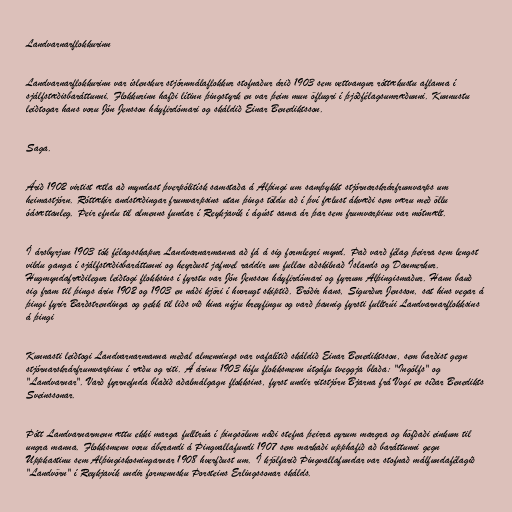
Landvarnarflokkurinn

Landvarnarflokkurinn var íslenskur stjórnmálaflokkur stofnaður árið 1903 sem vettvangur róttækustu aflanna í
sjálfstæðisbaráttunni. Flokkurinn hafði lítinn þingstyrk en var þeim mun öflugri í þjóðfélagsumræðunni. Kunnustu
leiðtogar hans voru Jón Jensson háyfirdómari og skáldið Einar Benediktsson.

Saga.

Árið 1902 virtist ætla að myndast þverpólitísk samstaða á Alþingi um samþykkt stjórnarskrárfrumvarps um
heimastjórn. Róttækir andstæðingar frumvarpsins utan þings töldu að í því fælust ákvæði sem væru með öllu
óásættanleg. Þeir efndu til almenns fundar í Reykjavík í ágúst sama ár þar sem frumvarpinu var mótmælt.

Í ársbyrjun 1903 tók félagsskapur Landvarnarmanna að fá á sig formlegri mynd. Það varð félag þeirra sem lengst
vildu ganga í sjálfstæðisbaráttunni og heyrðust jafnvel raddir um fullan aðskilnað Íslands og Danmerkur.
Hugmyndafræðilegur leiðtogi flokksins í fyrstu var Jón Jensson háyfirdómari og fyrrum Alþingismaður. Hann bauð
sig fram til þings árin 1902 og 1903 en náði kjöri í hvorugt skiptið. Bróðir hans, Sigurður Jensson, sat hins vegar á
þingi fyrir Barðstrendinga og gekk til liðs við hina nýju hreyfingu og varð þannig fyrsti fulltrúi Landvarnarflokksins
á þingi

Kunnasti leiðtogi Landvarnarmanna meðal almennings var vafalítið skáldið Einar Benediktsson, sem barðist gegn
stjórnarskrárfrumvarpinu í ræðu og riti. Á árinu 1903 hófu flokksmenn útgáfu tveggja blaða: "Ingólfs" og
"Landvarnar". Varð fyrrnefnda blaðið aðalmálgagn flokksins, fyrst undir ritstjórn Bjarna frá Vogi en síðar Benedikts
Sveinssonar.

Þótt Landvarnarmenn ættu ekki marga fulltrúa í þingsölum náði stefna þeirra eyrum margra og höfðaði einkum til
ungra manna. Flokksmenn voru áberandi á Þingvallafundi 1907 sem markaði upphafið að baráttunni gegn
Uppkastinu sem Alþingiskosningarnar 1908 hverfðust um. Í kjölfarið Þingvallafundar var stofnað málfundafélagið
"Landvörn" í Reykjavík undir formennsku Þorsteins Erlingssonar skálds.